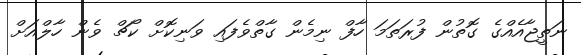
ނަތީޖާއެއްގެ ގޮތުން ފުރަތަމަ ހާފް ނިމެން ގާތްވެފައި ވަނިކޮށް ކޯޗް ވެން ހާލްއަށް